Report of an investigation of the epidemic of malarial fever in Assam, or, kala-azar
Disease focus: Malaria
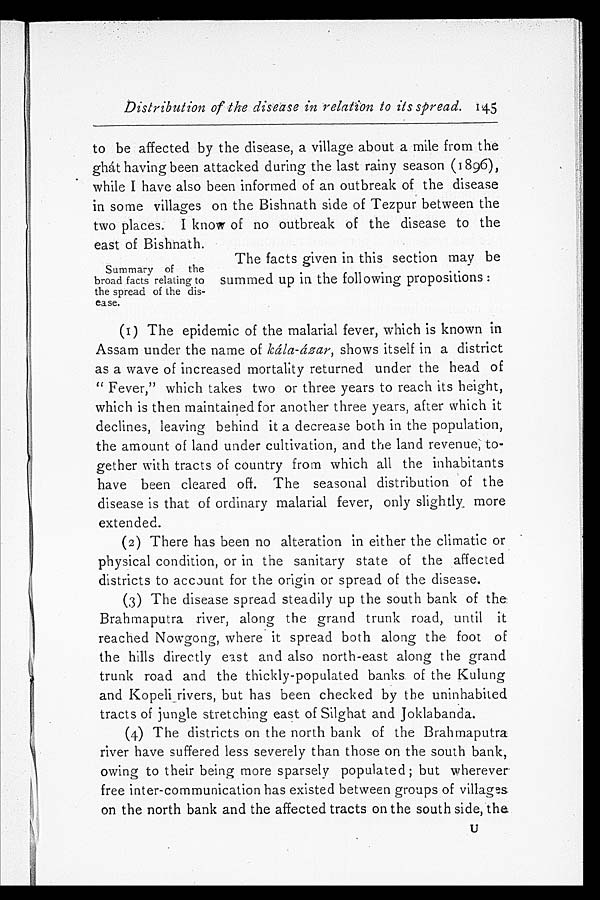
Distribution of the disease in relation to its spread. 145
to be affected by the disease, a village about a mile from the
ghát having been attacked during the last rainy season (1896),
while I have also been informed of an outbreak of the disease
in some villages on the Bishnath side of Tezpur between the
two places. I know of no outbreak of the disease to the
east of Bishnath.
Summary of the
broad facts relating to
the spread of the dis
-ease.
The facts given in this section may be
summed up in the following propositions:
(1) The epidemic of the malarial fever, which is known in
Assam under the name of ká la-ázar, shows itself in a district
as a wave of increased mortality returned under the head of
"Fever," which takes two or three years to reach its height,
which is then maintained for another three years, after which it
declines, leaving behind it a decrease both in the population,
the amount of land under cultivation, and the land revenue; to
-gether with tracts of country from which all the inhabitants
have been cleared off. The seasonal distribution of the
disease is that of ordinary malarial fever, only slightly more
extended.
(2) There has been no alteration in either the climatic or
physical condition, or in the sanitary state of the affected
districts to account for the origin or spread of the disease.
(3) The disease spread steadily up the south bank of the
Brahmaputra river, along the grand trunk road, until it
reached Nowgong, where it spread both along the foot of
the hills directly east and also north-east along the grand
trunk road and the thickly-populated banks of the Kulung
and Kopeli rivers, but has been checked by the uninhabited
tracts of jungle stretching east of Silghat and Joklabanda.
(4) The districts on the north bank of the Brahmaputra
river have suffered less severely than those on the south bank,
owing to their being more sparsely populated; but wherever
free inter-communication has existed between groups of villages
on the north bank and the affected tracts on the south side, theU